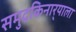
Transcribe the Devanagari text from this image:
समुद्रकिनार्‍याला